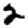
Digit: 2